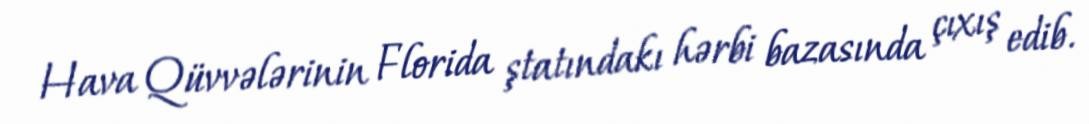
Hava Qüvvələrinin Florida ştatındakı hərbi bazasında çıxış edib.